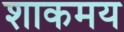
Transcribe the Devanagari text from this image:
शाकमय